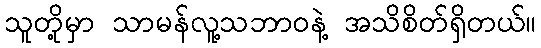
သူတို့မှာ သာမန်လူ့သဘာဝနဲ့ အသိစိတ်ရှိတယ်။